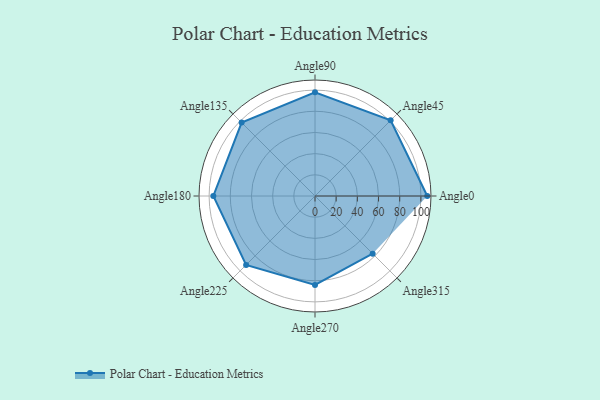
{"axis": {"x": "Angle", "y": "Radius"}, "legend": [""], "data": [{"x": "Angle0", "y": 106.0, "type": ""}, {"x": "Angle45", "y": 101.0, "type": ""}, {"x": "Angle90", "y": 98.0, "type": ""}, {"x": "Angle135", "y": 98.0, "type": ""}, {"x": "Angle180", "y": 96.0, "type": ""}, {"x": "Angle225", "y": 92.0, "type": ""}, {"x": "Angle270", "y": 84.0, "type": ""}, {"x": "Angle315", "y": 77.0, "type": ""}]}